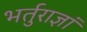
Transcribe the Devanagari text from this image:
भर्तुराज्ञां